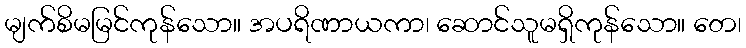
မျက်စိမမြင်ကုန်သော။ အပရိဏာယကာ၊ ဆောင်သူမရှိကုန်သော။ တေ၊